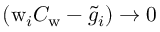
\left( \mathrm { w } _ { i } C _ { \mathrm { w } } - \tilde { g } _ { i } \right) \rightarrow 0